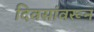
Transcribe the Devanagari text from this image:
दिवसांवरून